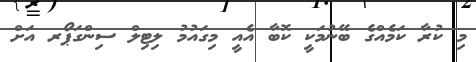
މި ކުރާ ކަމެއްގެ ބޭނުމަކީ ކޮބާ އެއީ މިގައުމު ލިޓިލް ސިންގަޕޯރ އަށް